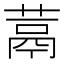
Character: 蒚